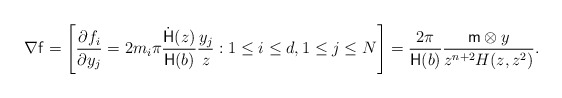
\begin{align*}\nabla \mathsf{f} = \left[ \frac{\partial f_i}{\partial y_j} = 2m_i\pi\frac{\dot{\mathsf{H}}(z)}{\mathsf{H}(b)}\frac{y_j}{z} : 1 \le i \le d, 1 \le j \le N \right] = \frac{2 \pi}{\mathsf{H}(b)} \frac{\mathsf{m} \otimes y}{z^{n+2} H(z,z^2)} .\end{align*}